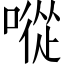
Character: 㗰